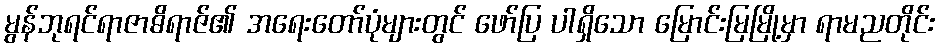
မွန်ဘုရင်ရာဇာဓိရာဇ်၏ အရေးတော်ပုံများတွင် ဖော်ပြ ပါရှိသော မြောင်းမြမြို့မှာ ရာမညတိုင်း